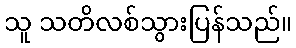
သူ သတိလစ်သွားပြန်သည်။